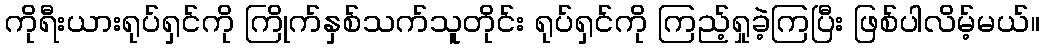
ကိုရီးယားရုပ်ရှင်ကို ကြိုက်နှစ်သက်သူတိုင်း ရုပ်ရှင်ကို ကြည့်ရှုခဲ့ကြပြီး ဖြစ်ပါလိမ့်မယ်။